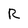
Character: R